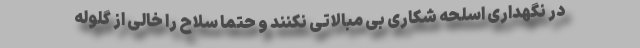
در نگهداری اسلحه شکاری بی مبالاتی نکنند و حتما سلاح را خالی از گلوله